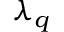
\lambda _ { q }